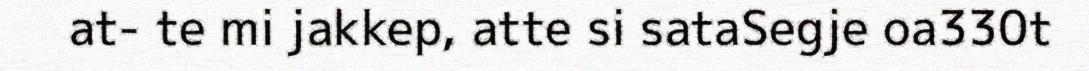
at- te mi jakkep, atte si sataSegje oa330t